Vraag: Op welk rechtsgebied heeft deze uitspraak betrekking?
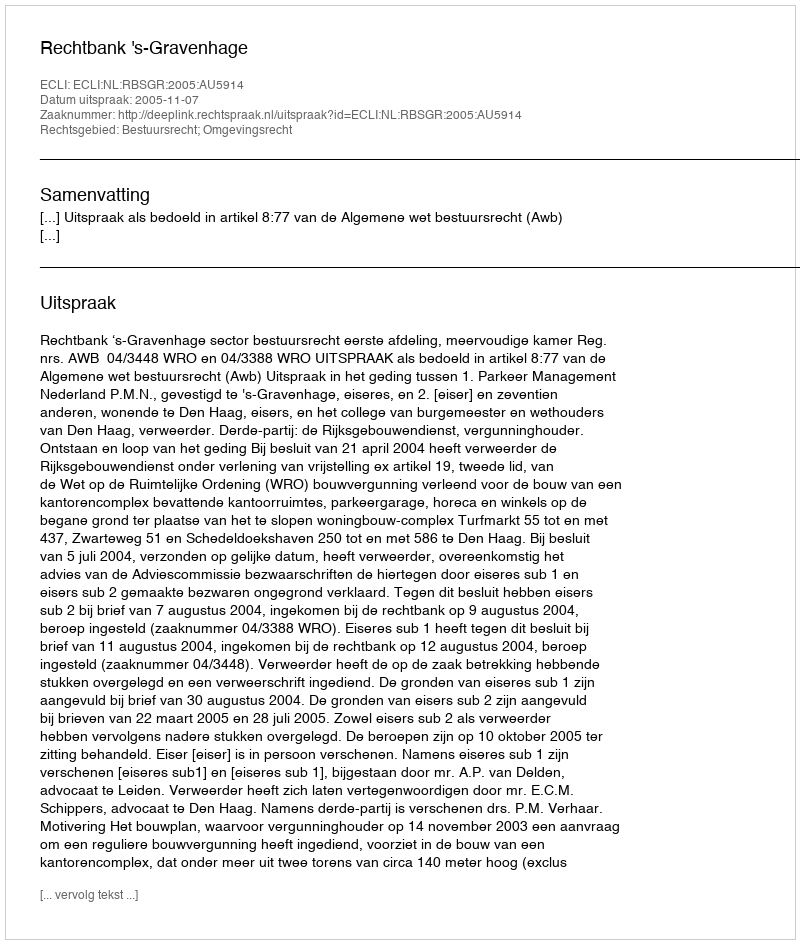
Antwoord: Bestuursrecht; Omgevingsrecht